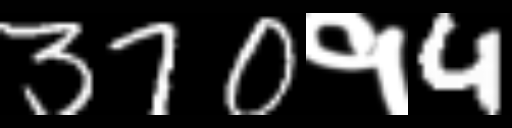
Text: 370१4